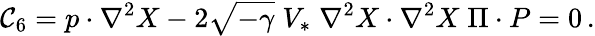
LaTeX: {\cal C}_{6}=p\cdot\nabla^{2}X-2\sqrt{-\gamma}\; V_{*}\; \nabla^{2}X\cdot\nabla^{2}X\; \Pi\cdot P=0\, .